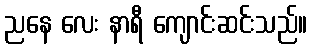
ညနေ လေး နာရီ ကျောင်းဆင်းသည်။